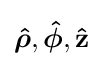
{\boldsymbol {\hat {\rho }}},{\boldsymbol {\hat {\phi }}},\mathbf {\hat {z}}